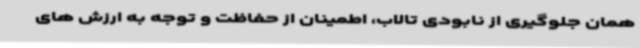
همان جلوگیری از نابودی تالاب، اطمینان از حفاظت و توجه به ارزش های